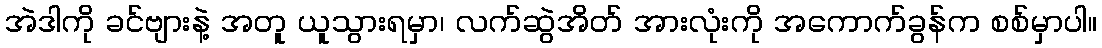
အဲဒါကို ခင်ဗျားနဲ့ အတူ ယူသွားရမှာ၊ လက်ဆွဲအိတ် အားလုံးကို အကောက်ခွန်က စစ်မှာပါ။